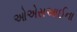
ઓએસઆઈના